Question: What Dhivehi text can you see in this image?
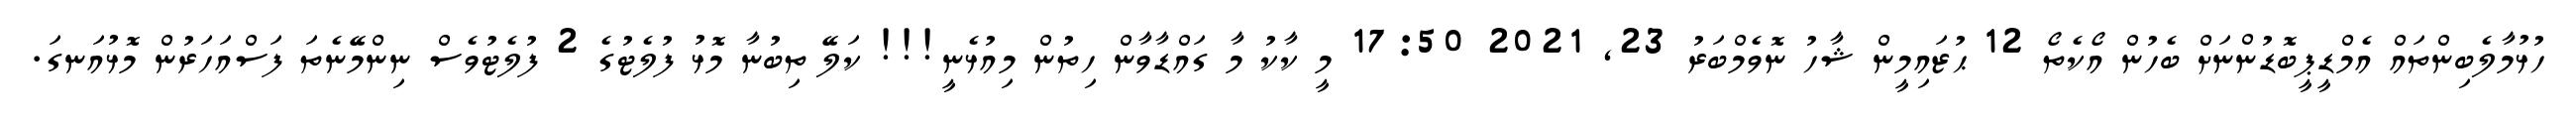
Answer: ހުޅުމާލެބިންތައް އެމްޑީޕީބޮޑުންނަށް ބެހުން އޯކެތޯ 12 ޙުޒައިމީން ޝާހު ނޮވެމްބަރު 23, 2021 17:50 މީ ކާކު މާ ގައްޑާވާން ހިތުން މިއުޅެނީ!!! ކަލޭ ތިބުނާ މޮޅު ފުލެޓުގެ 2 ފުލެޓުވެސް ނިންމޭނެތަ ފަސްއަހަރުން މޮޅުއަނގަ.